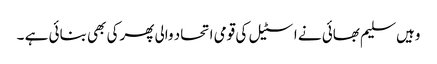
وہیں سلیم بھائی نے اسٹیل کی قومی اتحاد والی پھرکی بھی بنائی ہے ۔